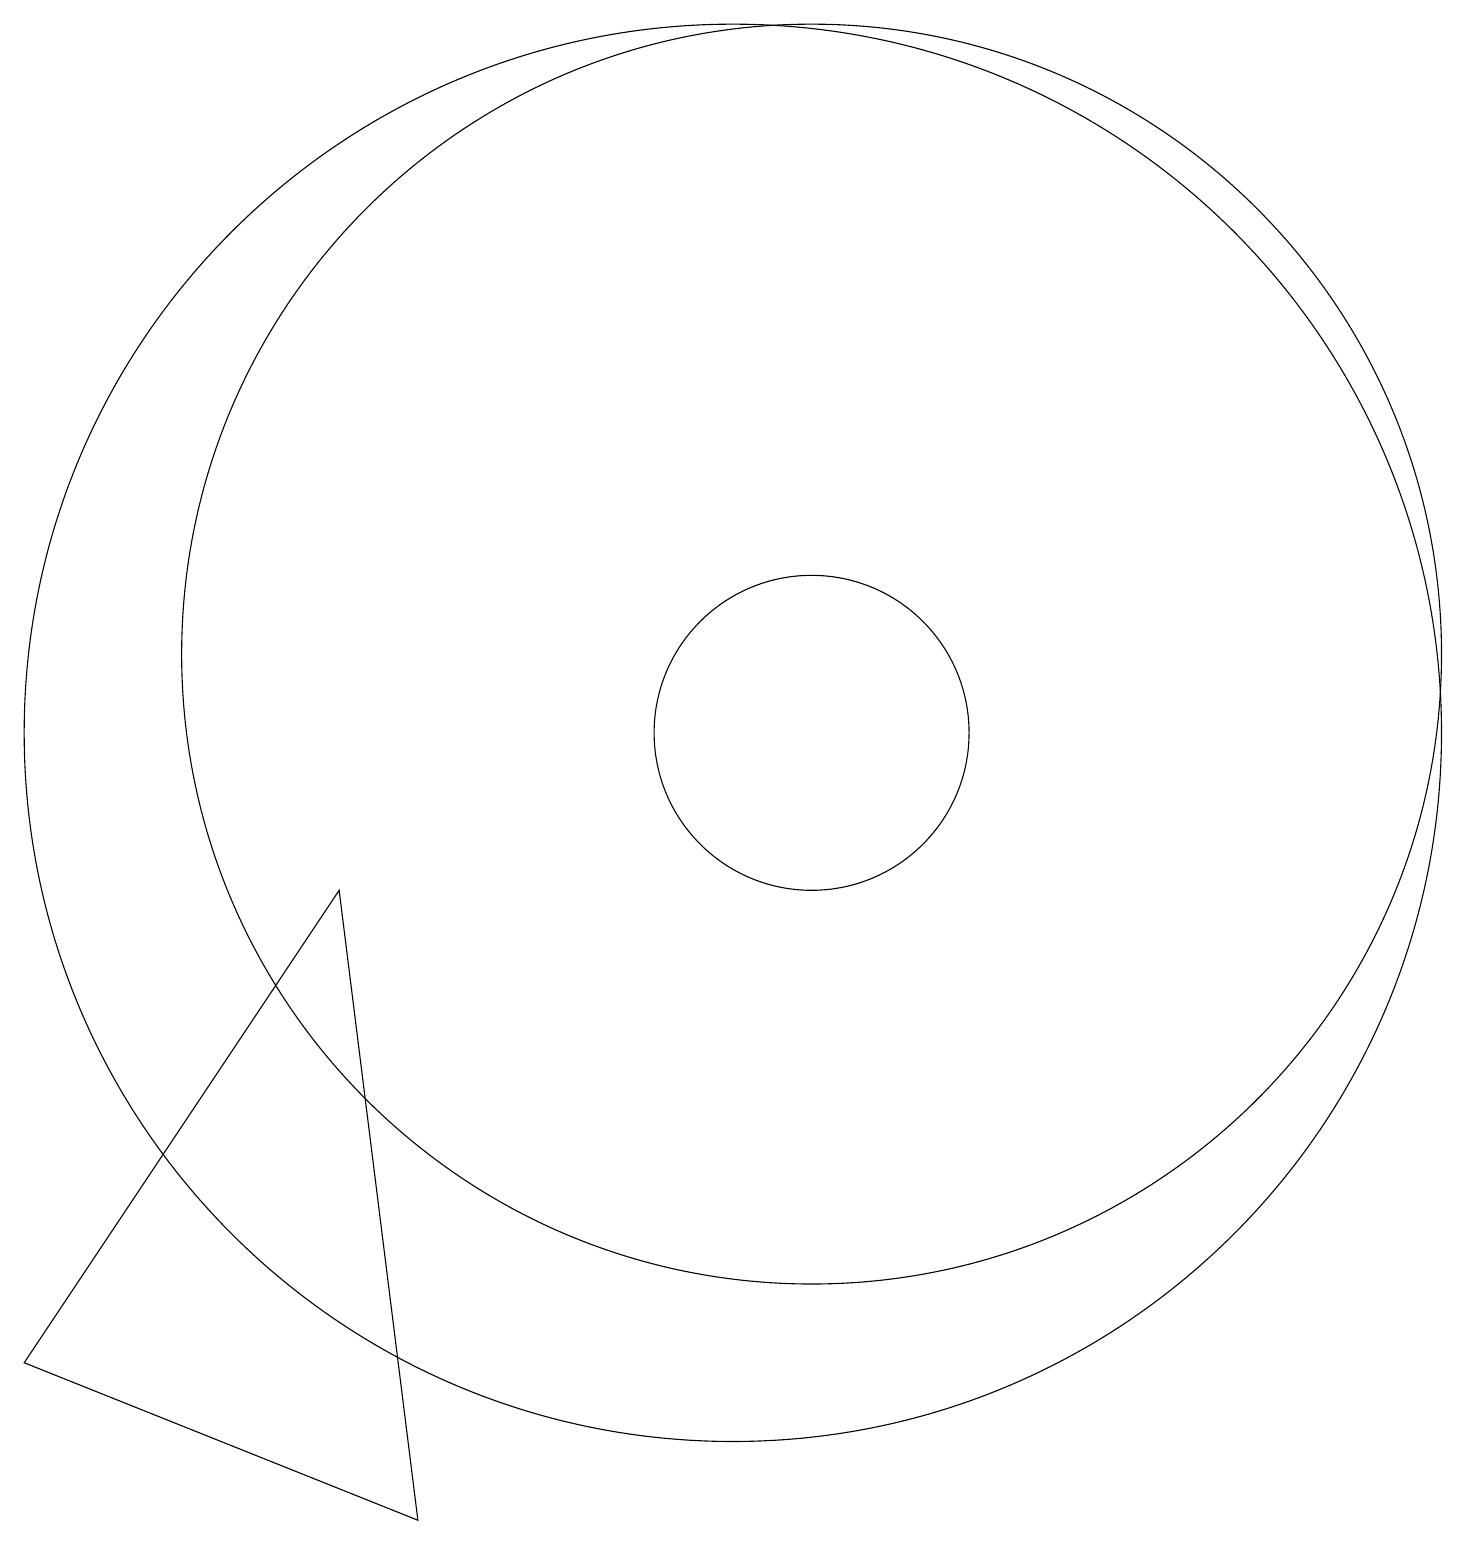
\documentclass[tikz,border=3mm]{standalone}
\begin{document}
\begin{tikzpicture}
\draw (12,10) circle (2);
\draw (12,11) circle (8);
\draw (11,10) circle (9);
\draw (6,8) -- (2,2) -- (7,0) -- cycle;
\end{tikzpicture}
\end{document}